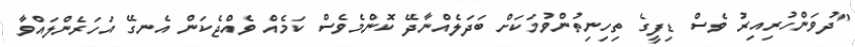
"ދުވަންހުރިއިރު ވެސް ޑިފީގެ ތިހިނިތުންވުމަކަށް ބަދަލެއްނާދޭ ކޮންމެވެސް ކަމެއް ވެއްޖެކަން އެނގޭ އަހަރެންލައްވާ